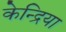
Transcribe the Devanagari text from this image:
केन्द्रिया